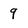
Character: 9